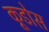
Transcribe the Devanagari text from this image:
कूडोस